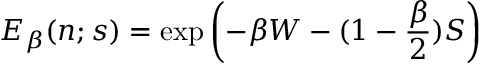
E _ { \beta } ( n ; s ) = \exp \left( - \beta W - ( 1 - { \frac { \beta } { 2 } } ) S \right)